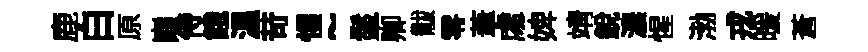
鹿白原巔侍餓温苛惺~鬣卿黻零茟䖏婢靖銳濃惺渤戎暖蒼